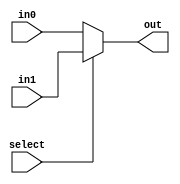
module mux_2bit(out, select, in0, in1);
    input select;
    input in0, in1;
    output out;
    assign out = select ? in1 : in0;
endmodule